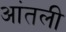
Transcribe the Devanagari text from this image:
आंतली